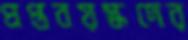
প্রপ্তবয়স্কদের